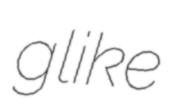
glike